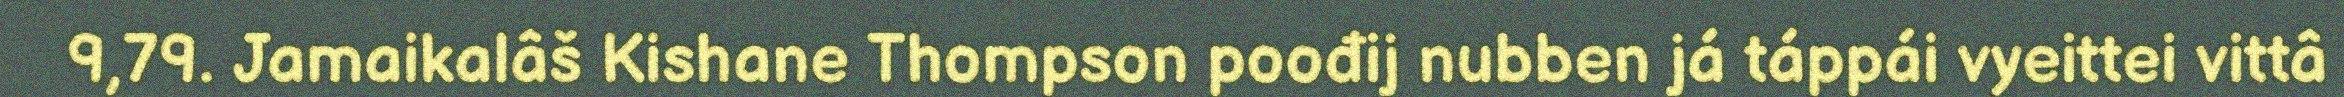
9,79. Jamaikalâš Kishane Thompson poođij nubben já táppái vyeittei vittâ